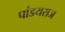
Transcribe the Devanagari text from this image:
पांडयराज